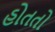
હોતતો